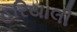
હરિયાલી